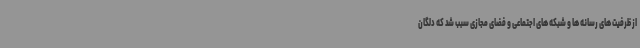
از ظرفیت های رسانه ها و شبکه های اجتماعی و فضای مجازی سبب شد که دلگان